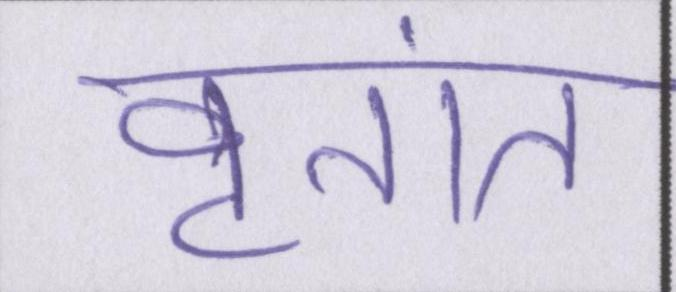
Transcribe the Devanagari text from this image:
वृतांत